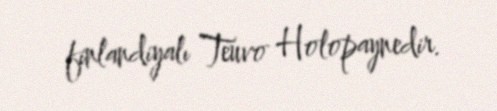
finlandiyalı Teuvo Holopaynedir.